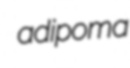
adipoma